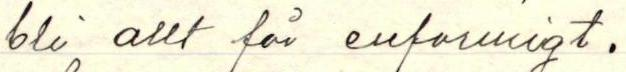
bli allt för enformigt.